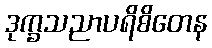
ဒုက္ခသညာပရိစိတေန